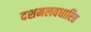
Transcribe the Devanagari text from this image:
दशमलवधारित